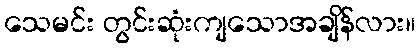
သေမင်း တွင်းဆုံးကျသောအချိန်လား။